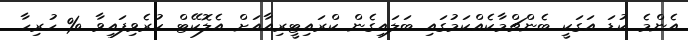
އެންމެ ކުޑަ އަގަކީ ބެންޗްމާކެއްކަމުގައި ބަލައިގެން ކްރައިޓީރިއާއަށް އެލޮކޭޓް ކުރެވިފައިވާ % ހުރިހާ